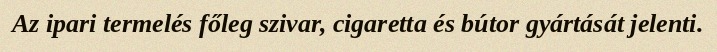
Az ipari termelés főleg szivar, cigaretta és bútor gyártását jelenti.